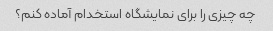
چه چیزی را برای نمایشگاه استخدام آماده کنم؟